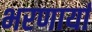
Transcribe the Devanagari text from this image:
भरणार्या